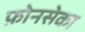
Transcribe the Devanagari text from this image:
फ़ोनसेका